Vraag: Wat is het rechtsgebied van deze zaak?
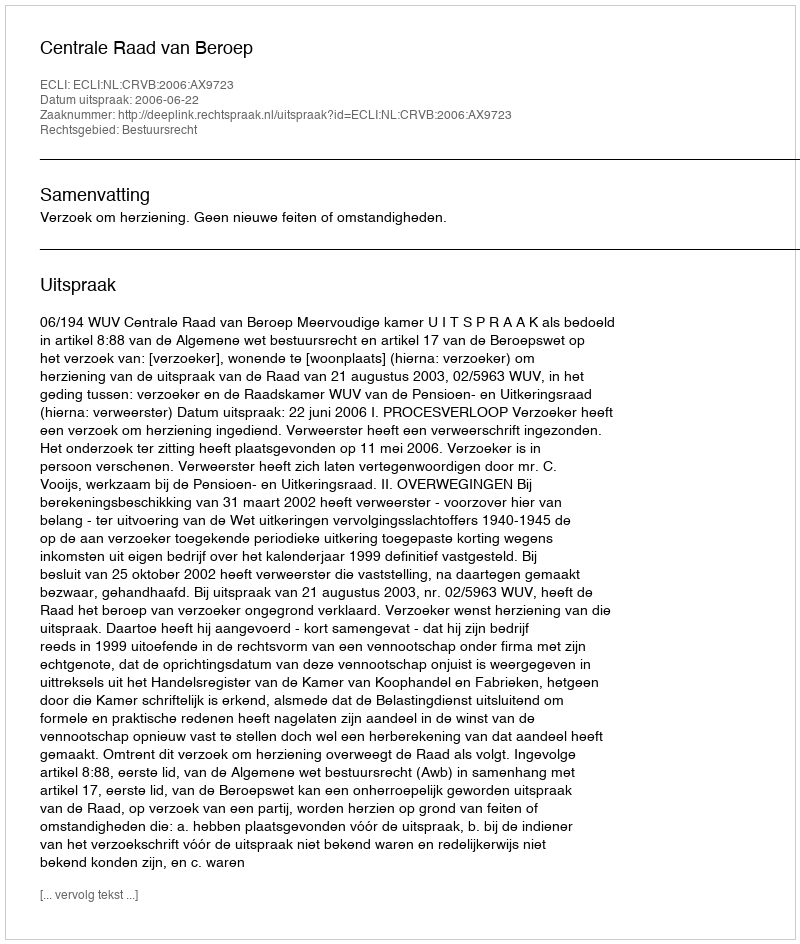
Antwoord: Bestuursrecht